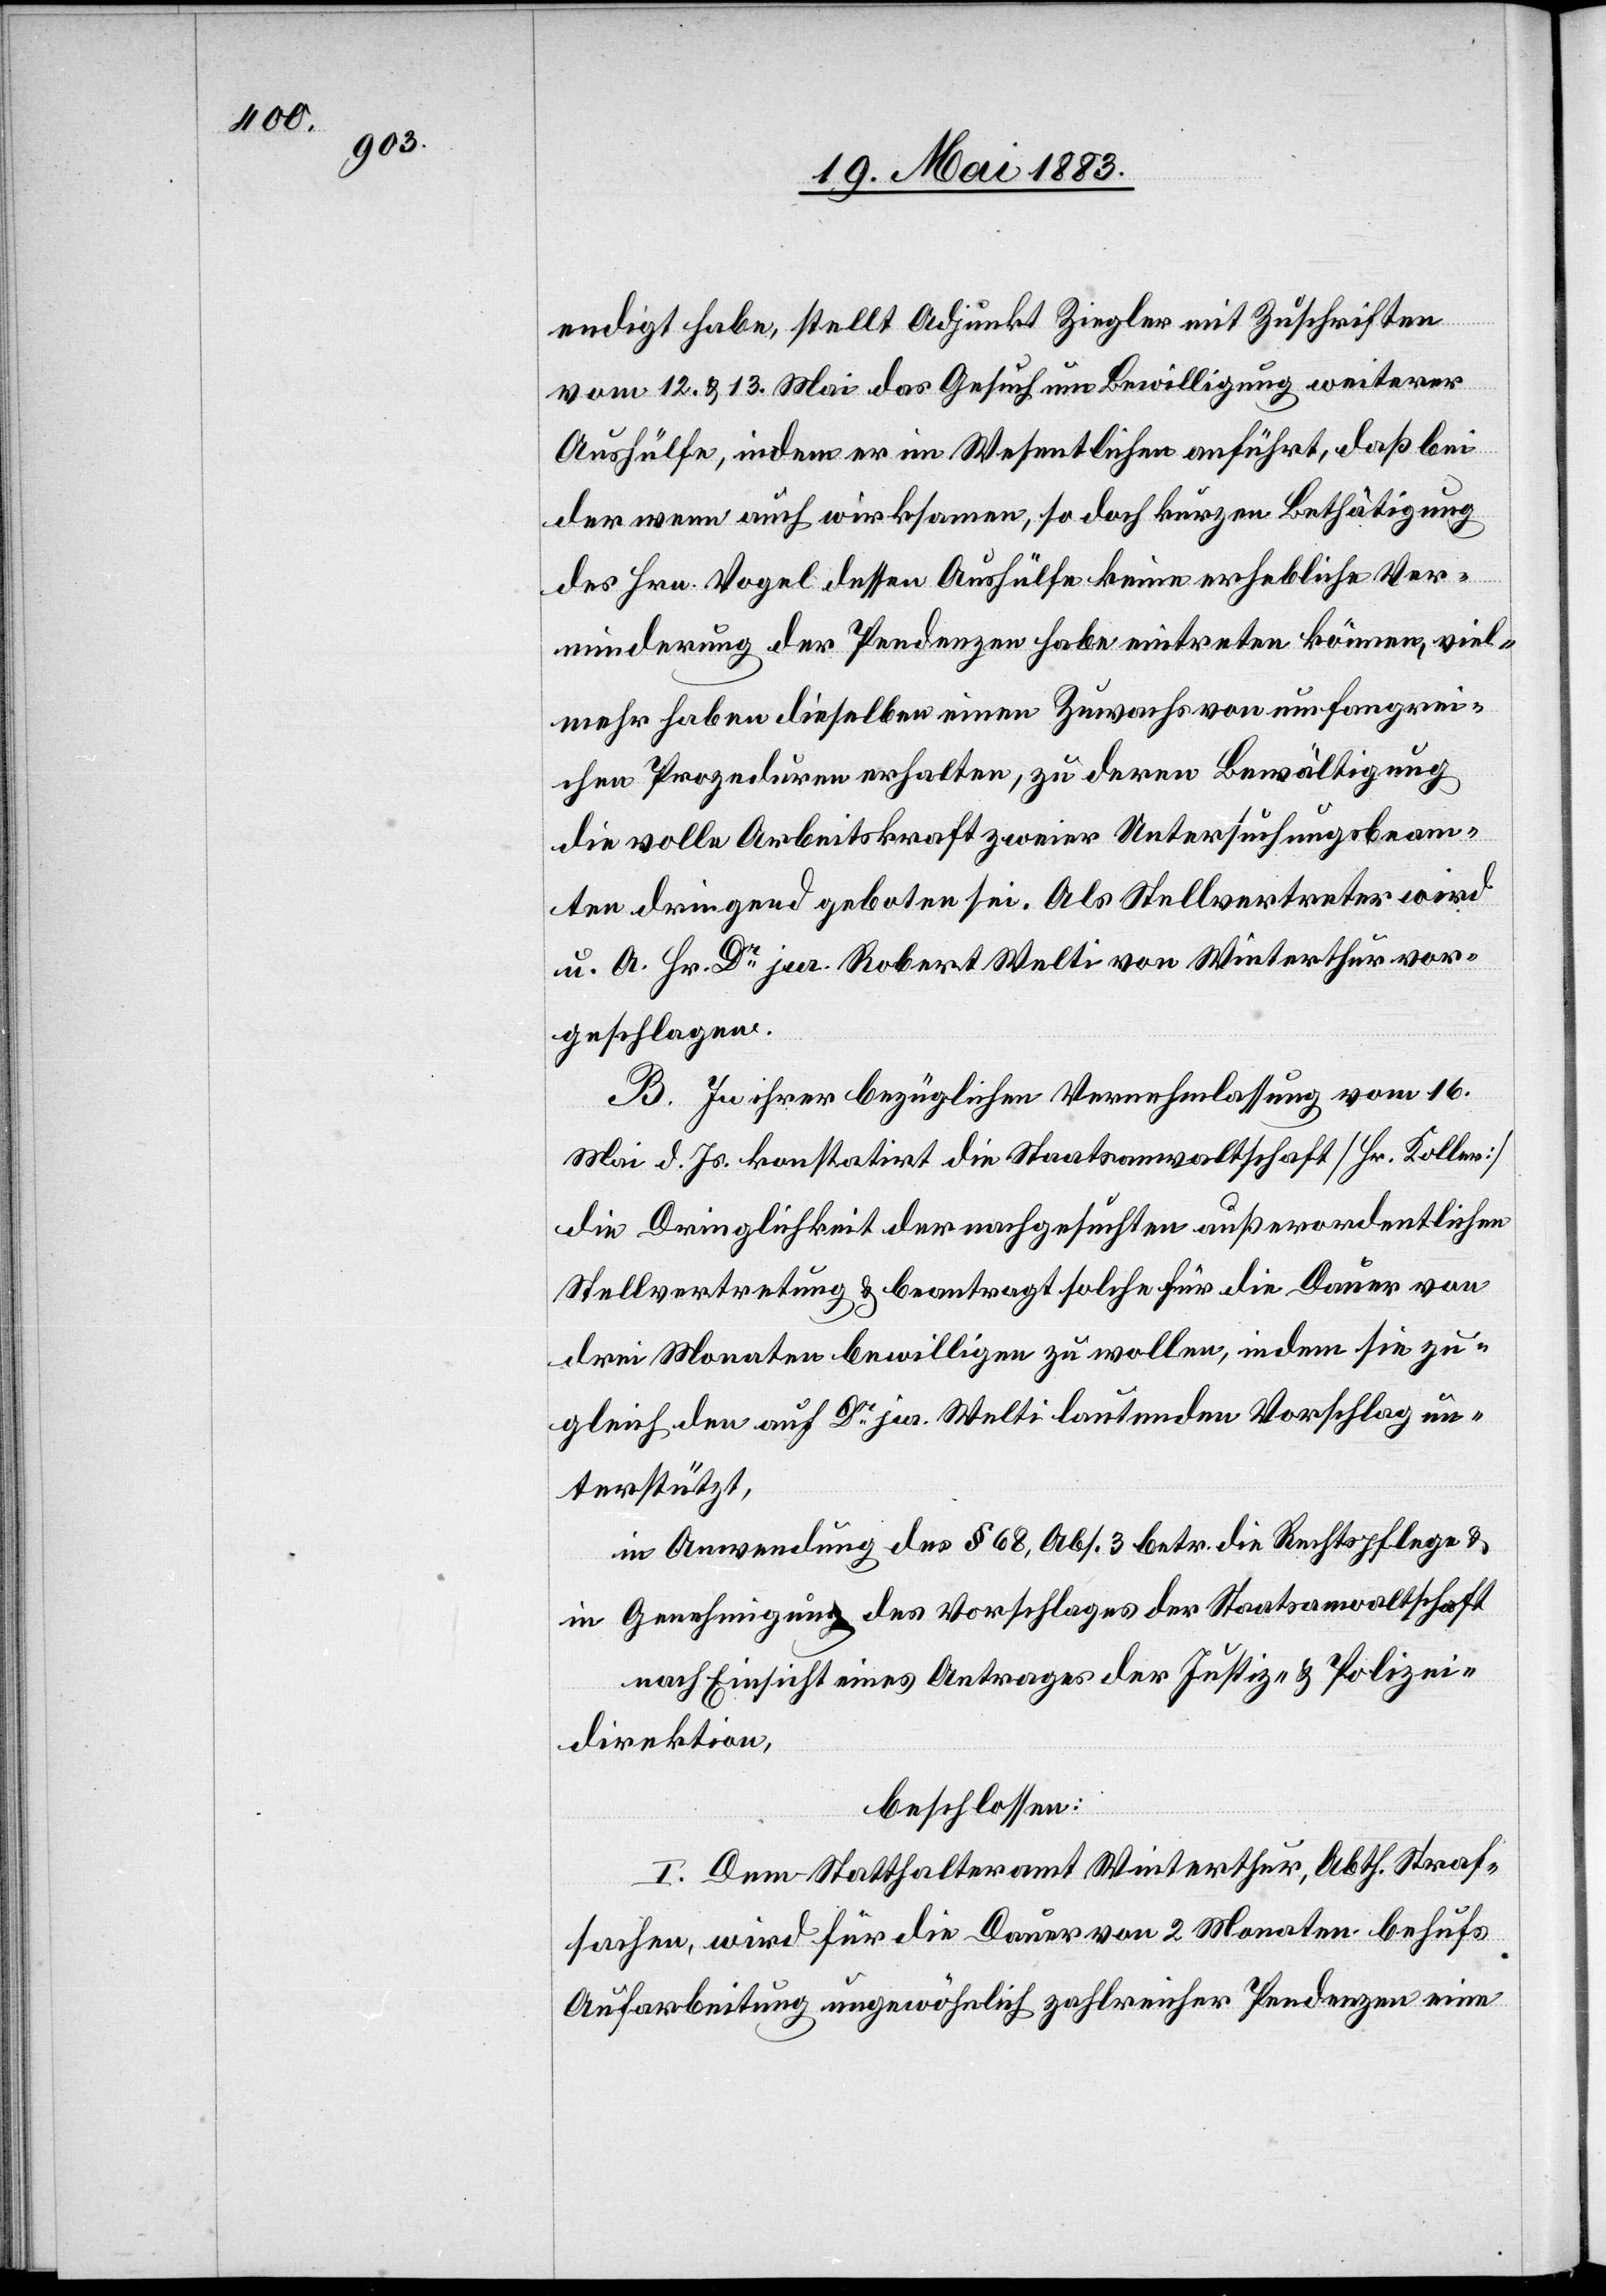
endigt habe, stellt Adjunkt Ziegler mit Zuschriften
vom 12. & 13. Mai das Gesuch um Bewilligung weiterer
Aushülfe, indem er im Wesentlichen anführt, daß bei
der wenn auch wirksamen, so doch kurzen Bethätigung
des Hrn. Vogel dessen Aushülfe keine erhebliche Ver¬
minderung der Pendenzen habe eintreten können, viel¬
mehr haben dieselben einen Zuwachs von umfangrei¬
chen Prozeduren erhalten, zu deren Bewältigung
die volle Arbeitskraft zweier Untersuchungsbeam¬
ten dringend geboten sei. Als Stellvertreter wird
u. A. Hr. Dr jur. Robert Welti von Winterthur vor¬
geschlagen.
B. In ihrer bezüglichen Vernehmlassung vom 16.
Mai d. Js. konstatirt die Staatsanwaltschaft [Hr. Koller]
die Dringlichkeit der nachgesuchten außerordentlichen
Stellvertretung & beantragt solche für die Dauer von
drei Monaten bewilligen zu wollen, indem sie zu¬
gleich den auf Dr jur. Welti lautenden Vorschlag un¬
terstützt,
in Anwendung des § 68, Abs. 3 betr. die Rechtspflege &
in Genehmigung des Vorschlages der Staatsanwaltschaft
nach Einsicht eines Antrages der Justiz- & Polizei¬
direktion,
beschlossen:
I. Dem Statthalteramt Winterthur, Abth. Straf¬
sachen, wird für die Dauer von 2 Monaten behufs
Aufarbeitung ungewöhnlich zahlreicher Pendenzen eine